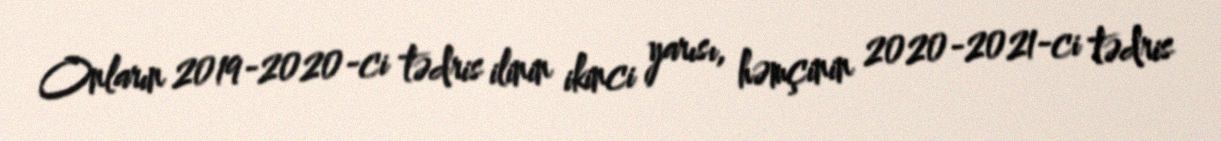
Onların 2019-2020-ci tədris ilinin ikinci yarısı, həmçinin 2020-2021-ci tədris